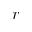
r